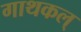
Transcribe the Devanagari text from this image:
गाथकल्